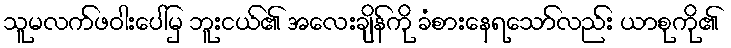
သူမလက်ဖဝါးပေါ်မှ ဘူးငယ်၏ အလေးချိန်ကို ခံစားနေရသော်လည်း ယာစုကို၏